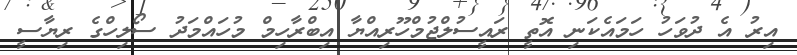
އިރު އެ ދުވަހު ހަމައެކަނި އޮތީ ރައީސުލްޖުމްހޫރިއްޔާ އިބްރާހިމް މުހައްމަދު ސޯލިހްގެ ރިޔާސީ